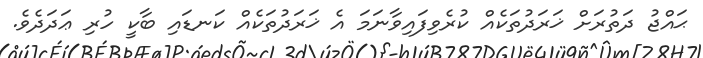
ޙައްޖު ދަތުރަށް ޚަރަދުތަކެއް ކުރެވިފައިވާނަމަ އެ ޚަރަދުތަކެއް ކަނޑައި ބާކީ ހުރި ޢަދަދެވެ.